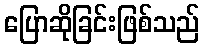
ပြောဆိုခြင်းဖြစ်သည်